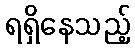
ရရှိနေသည့်